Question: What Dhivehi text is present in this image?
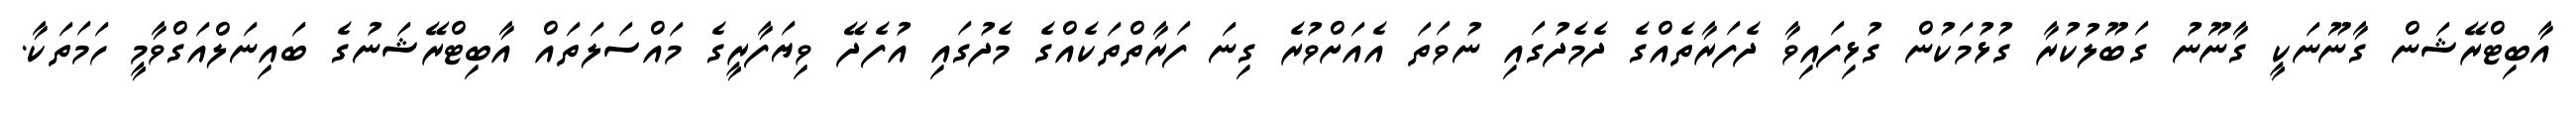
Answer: އާބިޓްރޭޝަން ގާނޫނަކީ ގާނޫނު ގަބޫލުކުރާ ގުޅުމަކުން ގުޅިފައިވާ ދެފަރާތެއްގެ ދެމެދުގައި ނުވަތަ އެއަށްވުރެ ގިނަ ފަރާތްތަކެއްގެ މެދުގައި އުފެދޭ ވިޔަފާރީގެ މައްސަލަތައް އާބިޓްރޭޝަނުގެ ބައިނަލްއަގްވާމީ ހަމަތަކާ.